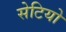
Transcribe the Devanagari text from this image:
सेटियो